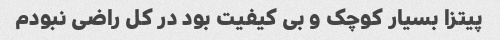
پیتزا بسیار کوچک و بی کیفیت بود در کل راضی نبودم